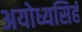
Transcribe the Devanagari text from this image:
अयोध्यसिहं